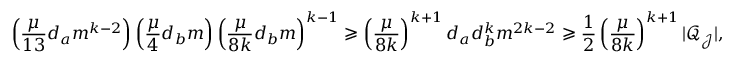
\left( \frac { \mu } { 1 3 } d _ { a } m ^ { k - 2 } \right) \left( \frac { \mu } { 4 } d _ { b } m \right) \left( \frac { \mu } { 8 k } d _ { b } m \right) ^ { k - 1 } \geqslant \left( \frac { \mu } { 8 k } \right) ^ { k + 1 } d _ { a } d _ { b } ^ { k } m ^ { 2 k - 2 } \geqslant \frac { 1 } { 2 } \left( \frac { \mu } { 8 k } \right) ^ { k + 1 } | \mathcal { Q } _ { \mathcal { J } } | ,